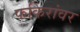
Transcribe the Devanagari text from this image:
फकिरांवर